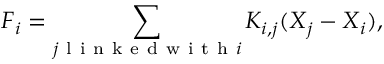
\boldsymbol F _ { i } = \sum _ { j \mathrm { ~ l ~ i ~ n ~ k ~ e ~ d ~ w ~ i ~ t ~ h ~ } i } K _ { i , j } ( \boldsymbol X _ { j } - \boldsymbol X _ { i } ) ,